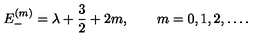
E _ { - } ^ { ( m ) } = \lambda + { \frac { 3 } { 2 } } + 2 m , \qquad m = 0 , 1 , 2 , \ldots .